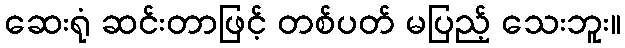
ဆေးရုံ ဆင်းတာဖြင့် တစ်ပတ် မပြည့် သေးဘူး။